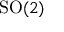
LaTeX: \mathrm { S O } ( 2 )